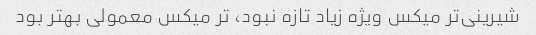
شیرینی‌تر میکس ویژه زیاد تازه نبود، تر میکس معمولی بهتر بود